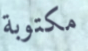
مكتوبة